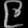
Digit: ၉